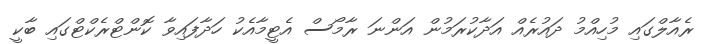
ރެއާލްގައި މުހިއްމު ދައުރެއް އަދާކުރަމުން އަންނަ ރާމޯސް އެޓީމާއެކު ހަދާފައިވާ ކޮންޓްރެކްޓްގައި ބާކީ